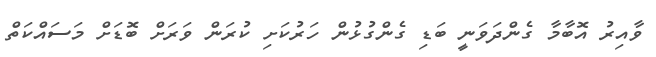
ވާއިރު އޮބާމާ ގެންދަވަނީ ބަޑި ގެންގުޅުން ހަރުކަށި ކުރަން ވަރަށް ބޮޑަށް މަސައްކަތް